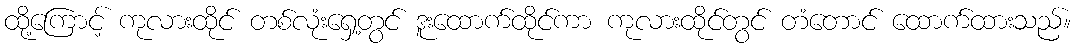
ထို့ကြောင့် ကုလားထိုင် တစ်လုံးရှေ့တွင် ဒူးထောက်ထိုင်ကာ ကုလားထိုင်တွင် တံတောင် ထောက်ထားသည်။